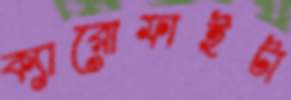
ক্যারোফাইটা